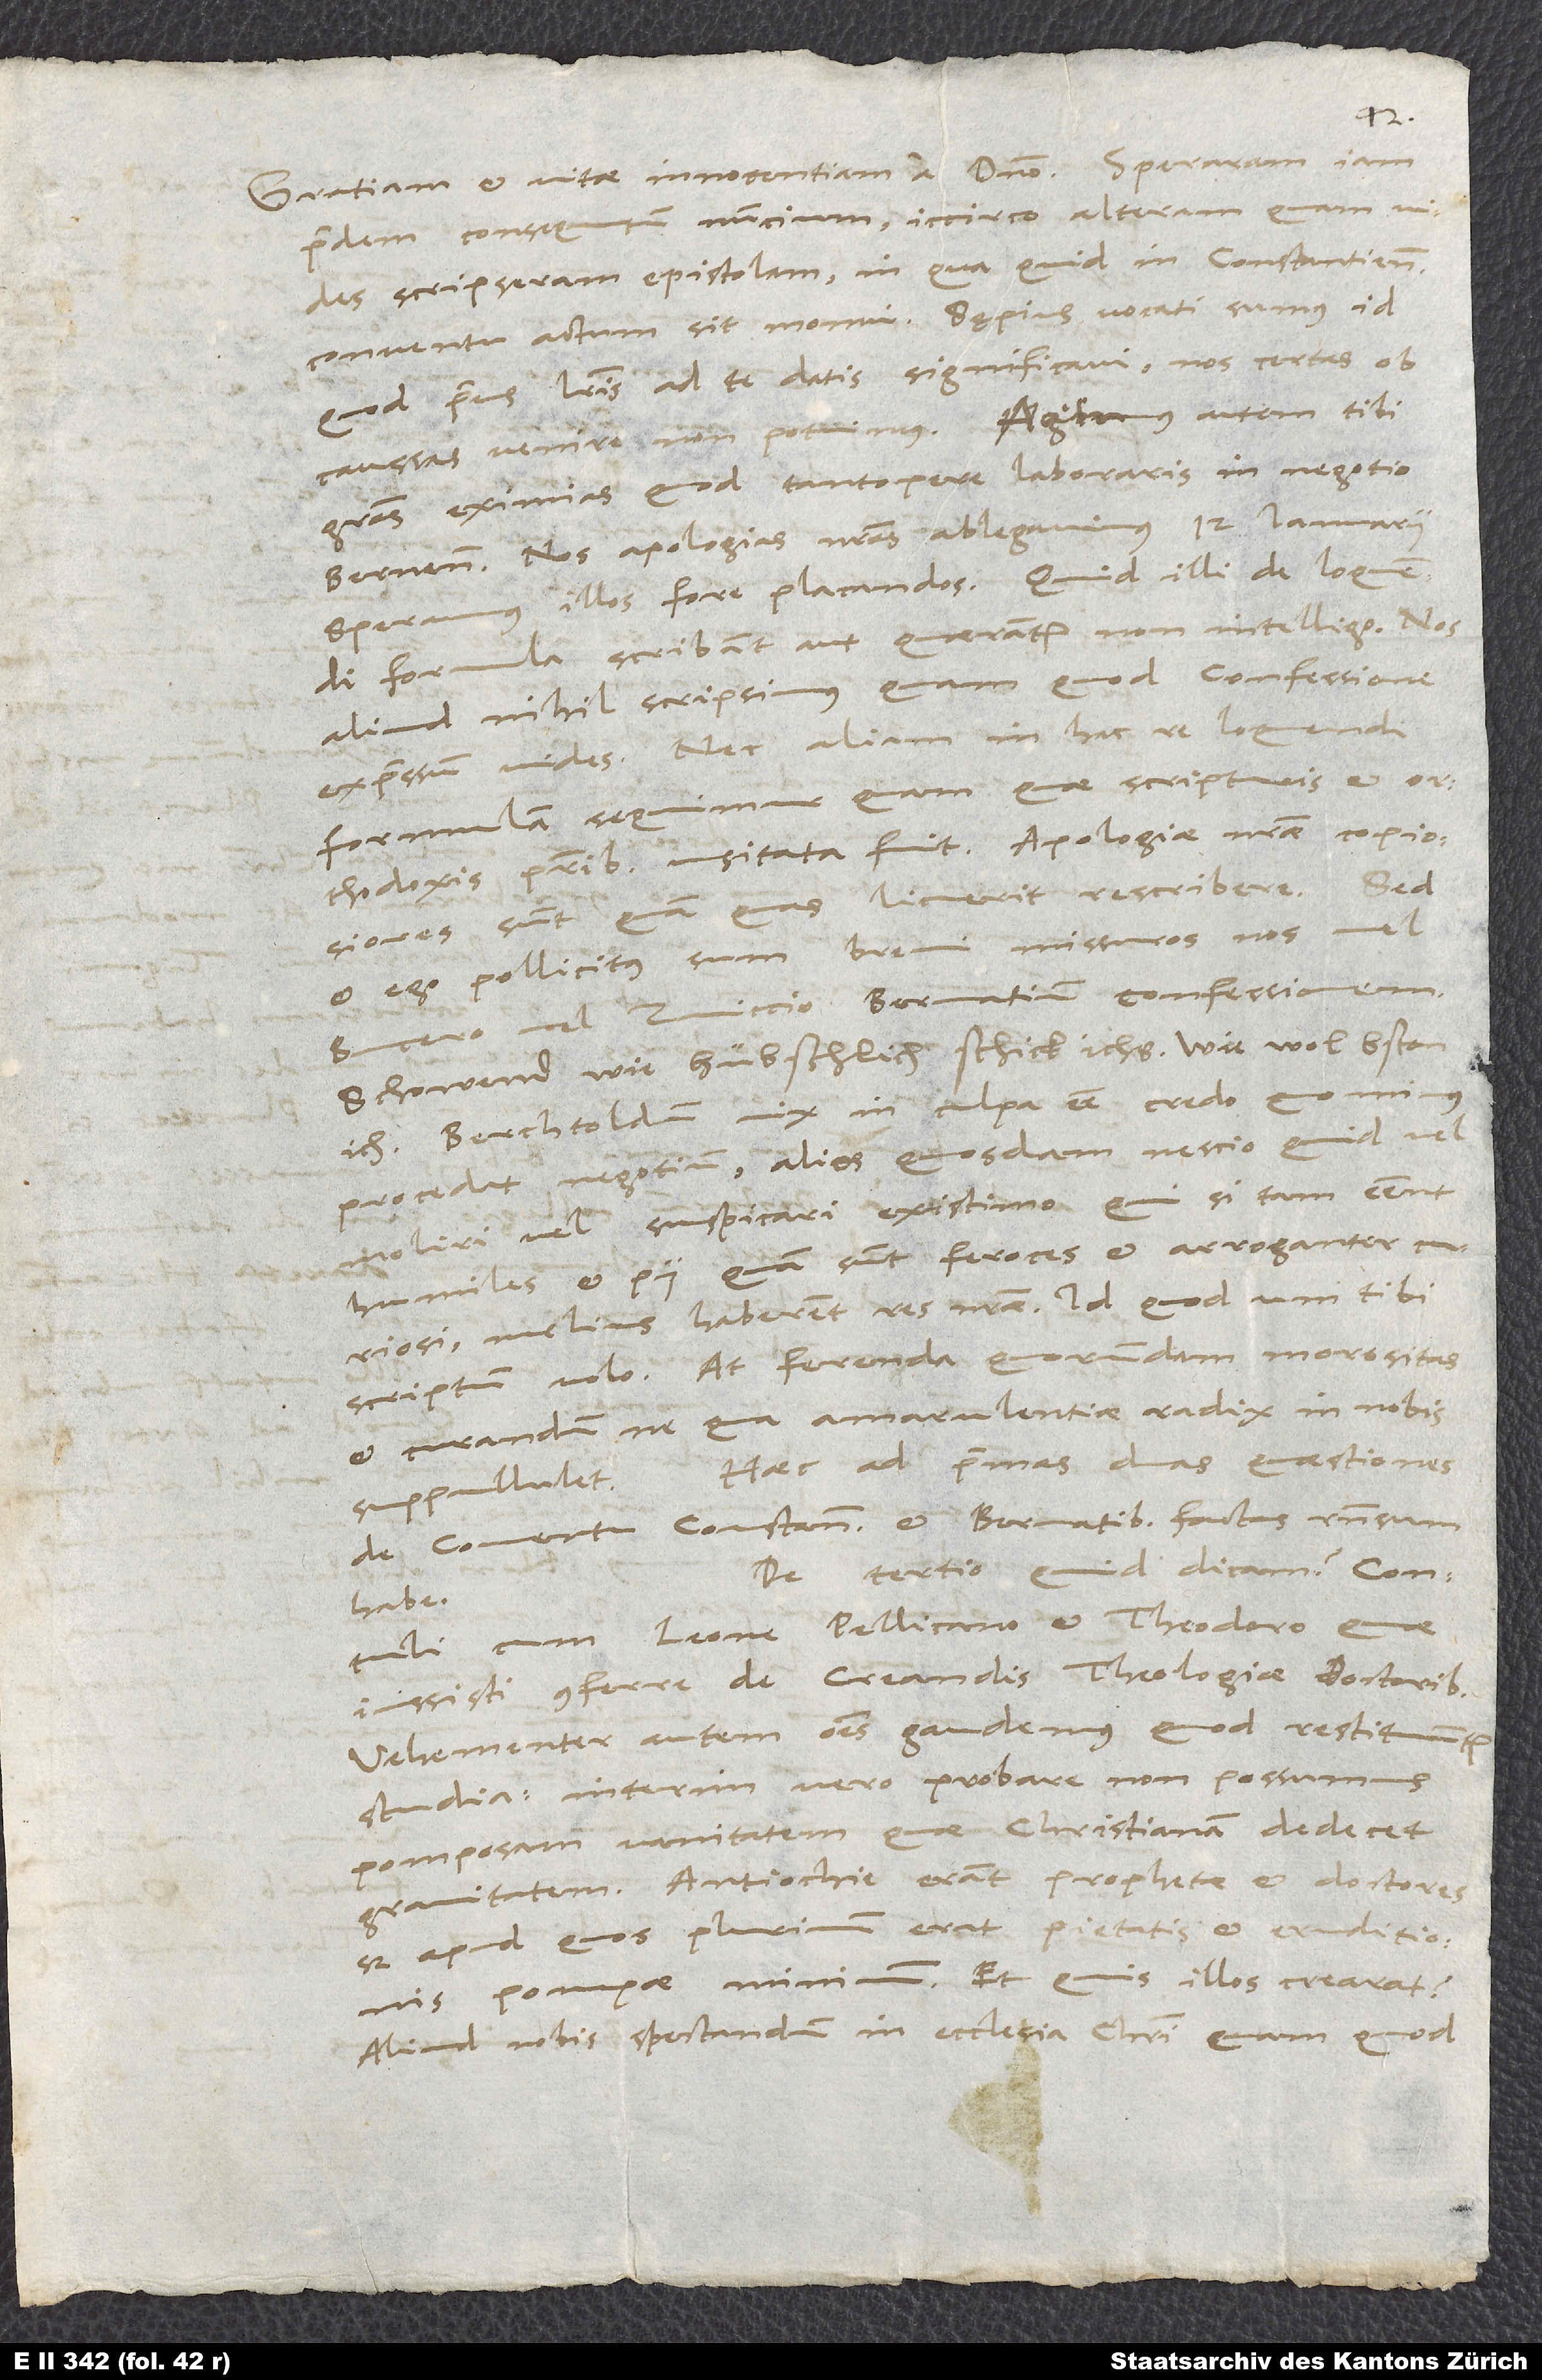
pridem consequutum nuncium; iccirco alteram quam vides
scripseram epistolam, in qua quid in Constantiensi
conventu actum sit, monui. Saepius vocati sumus, id
quod prius literis ad te datis significavi; nos certas ob
gratias eximias, quod tantopere laboraris in negotio
Bernen. Nos apologias nostras ablegavimus 12. ianuarii.
Speramus illos fore placandos. Quid illi de loquendi
formula scribant aut quaerantur, non intelligo. Nos
aliud nihil scripsimus, quam quod confessione
expressum vides. Nec aliam in hac re loquendi
formulam sequimur, quam quae scripturis et
orthodoxis patribus usitata fuit. Apologiae nostrae copiosiores
sunt, quam quas licuerit rescribere. Sed
et ego pollicitus sum brevi missuros nos vel
Bucero vel Zviccio Bernatium confessionem.
Schowend, wie hübschlich schick ichs, wie wol bston
ich! Berchtoldum vix in culpa esse credo, quominus
procedat negotium. Alios quosdam nescio quid vel
moliri vel suspicari existimo, qui si tam essent
humiles et pii, quam sunt feroces et arroganter curiosi,
melius haberent res nostrae. Id quod uni tibi
scriptum volo. At ferenda quorundam morositas
et curandum, ne qua amarulentiae radix in nobis
Haec ad primas duas quaestiones
suppullulet.
de conventu Constantiensi et Bernatibus factas responsum
De tertio quid dicam? Contuli
habe.
cum Leone, Pellicano et Theodoro, quae
iussisti conferre de creandis theologiae doctoribus.
Vehementer autem omnes gaudemus, quod restituuntur
studia, interim vero probare non possumus
pomposam vanitatem, quae christianam dedecet
gravitatem. Antiochie erant prophetae et doctores,
sed apud quos plurimum erat pietatis et eruditionis,
pompae minimum. Et quis illos crearat?
Aliud nobis spectandum in ecclesia Christi, quam quod